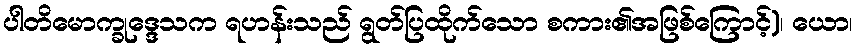
ပါတိမောက္ခုဒ္ဒေသက ရဟန်းသည် ရွတ်ပြထိုက်သော စကား၏အဖြစ်ကြောင့်)၊ ယော၊